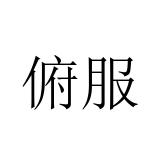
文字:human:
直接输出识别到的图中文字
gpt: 俯服